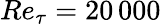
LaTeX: Re_{\tau}=20\, 000